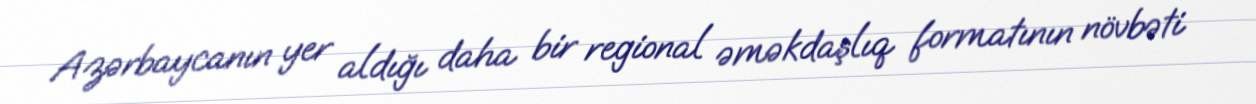
Azərbaycanın yer aldığı daha bir regional əməkdaşlıq formatının növbəti